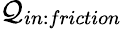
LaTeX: \mathcal{Q}_{in:friction}